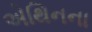
એથિનના